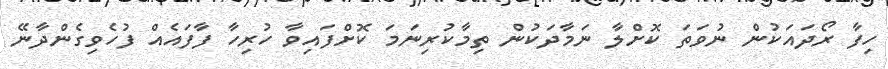
ހިފާ ރޯދައަކުން ނުވަތަ ކޮށްލާ ނަމާދަކުން ތިމާކުރިނަމަ ކޮށްފައިވާ ހުރިހާ ފާފައެއް ފުހެވިގެންދާނޭ